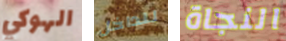
الهوكي للداخل النجاة